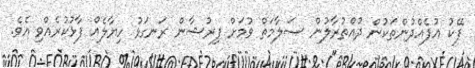
ފޭކު އުފެއްދުންތަކުން ދުއްތުރާލުން ސަލާމަތް ވުމަށް ފިރުޝާން ރަނގަޅު ހިޔާލެއް ފާޅުކުރެއްވި އެވެ.